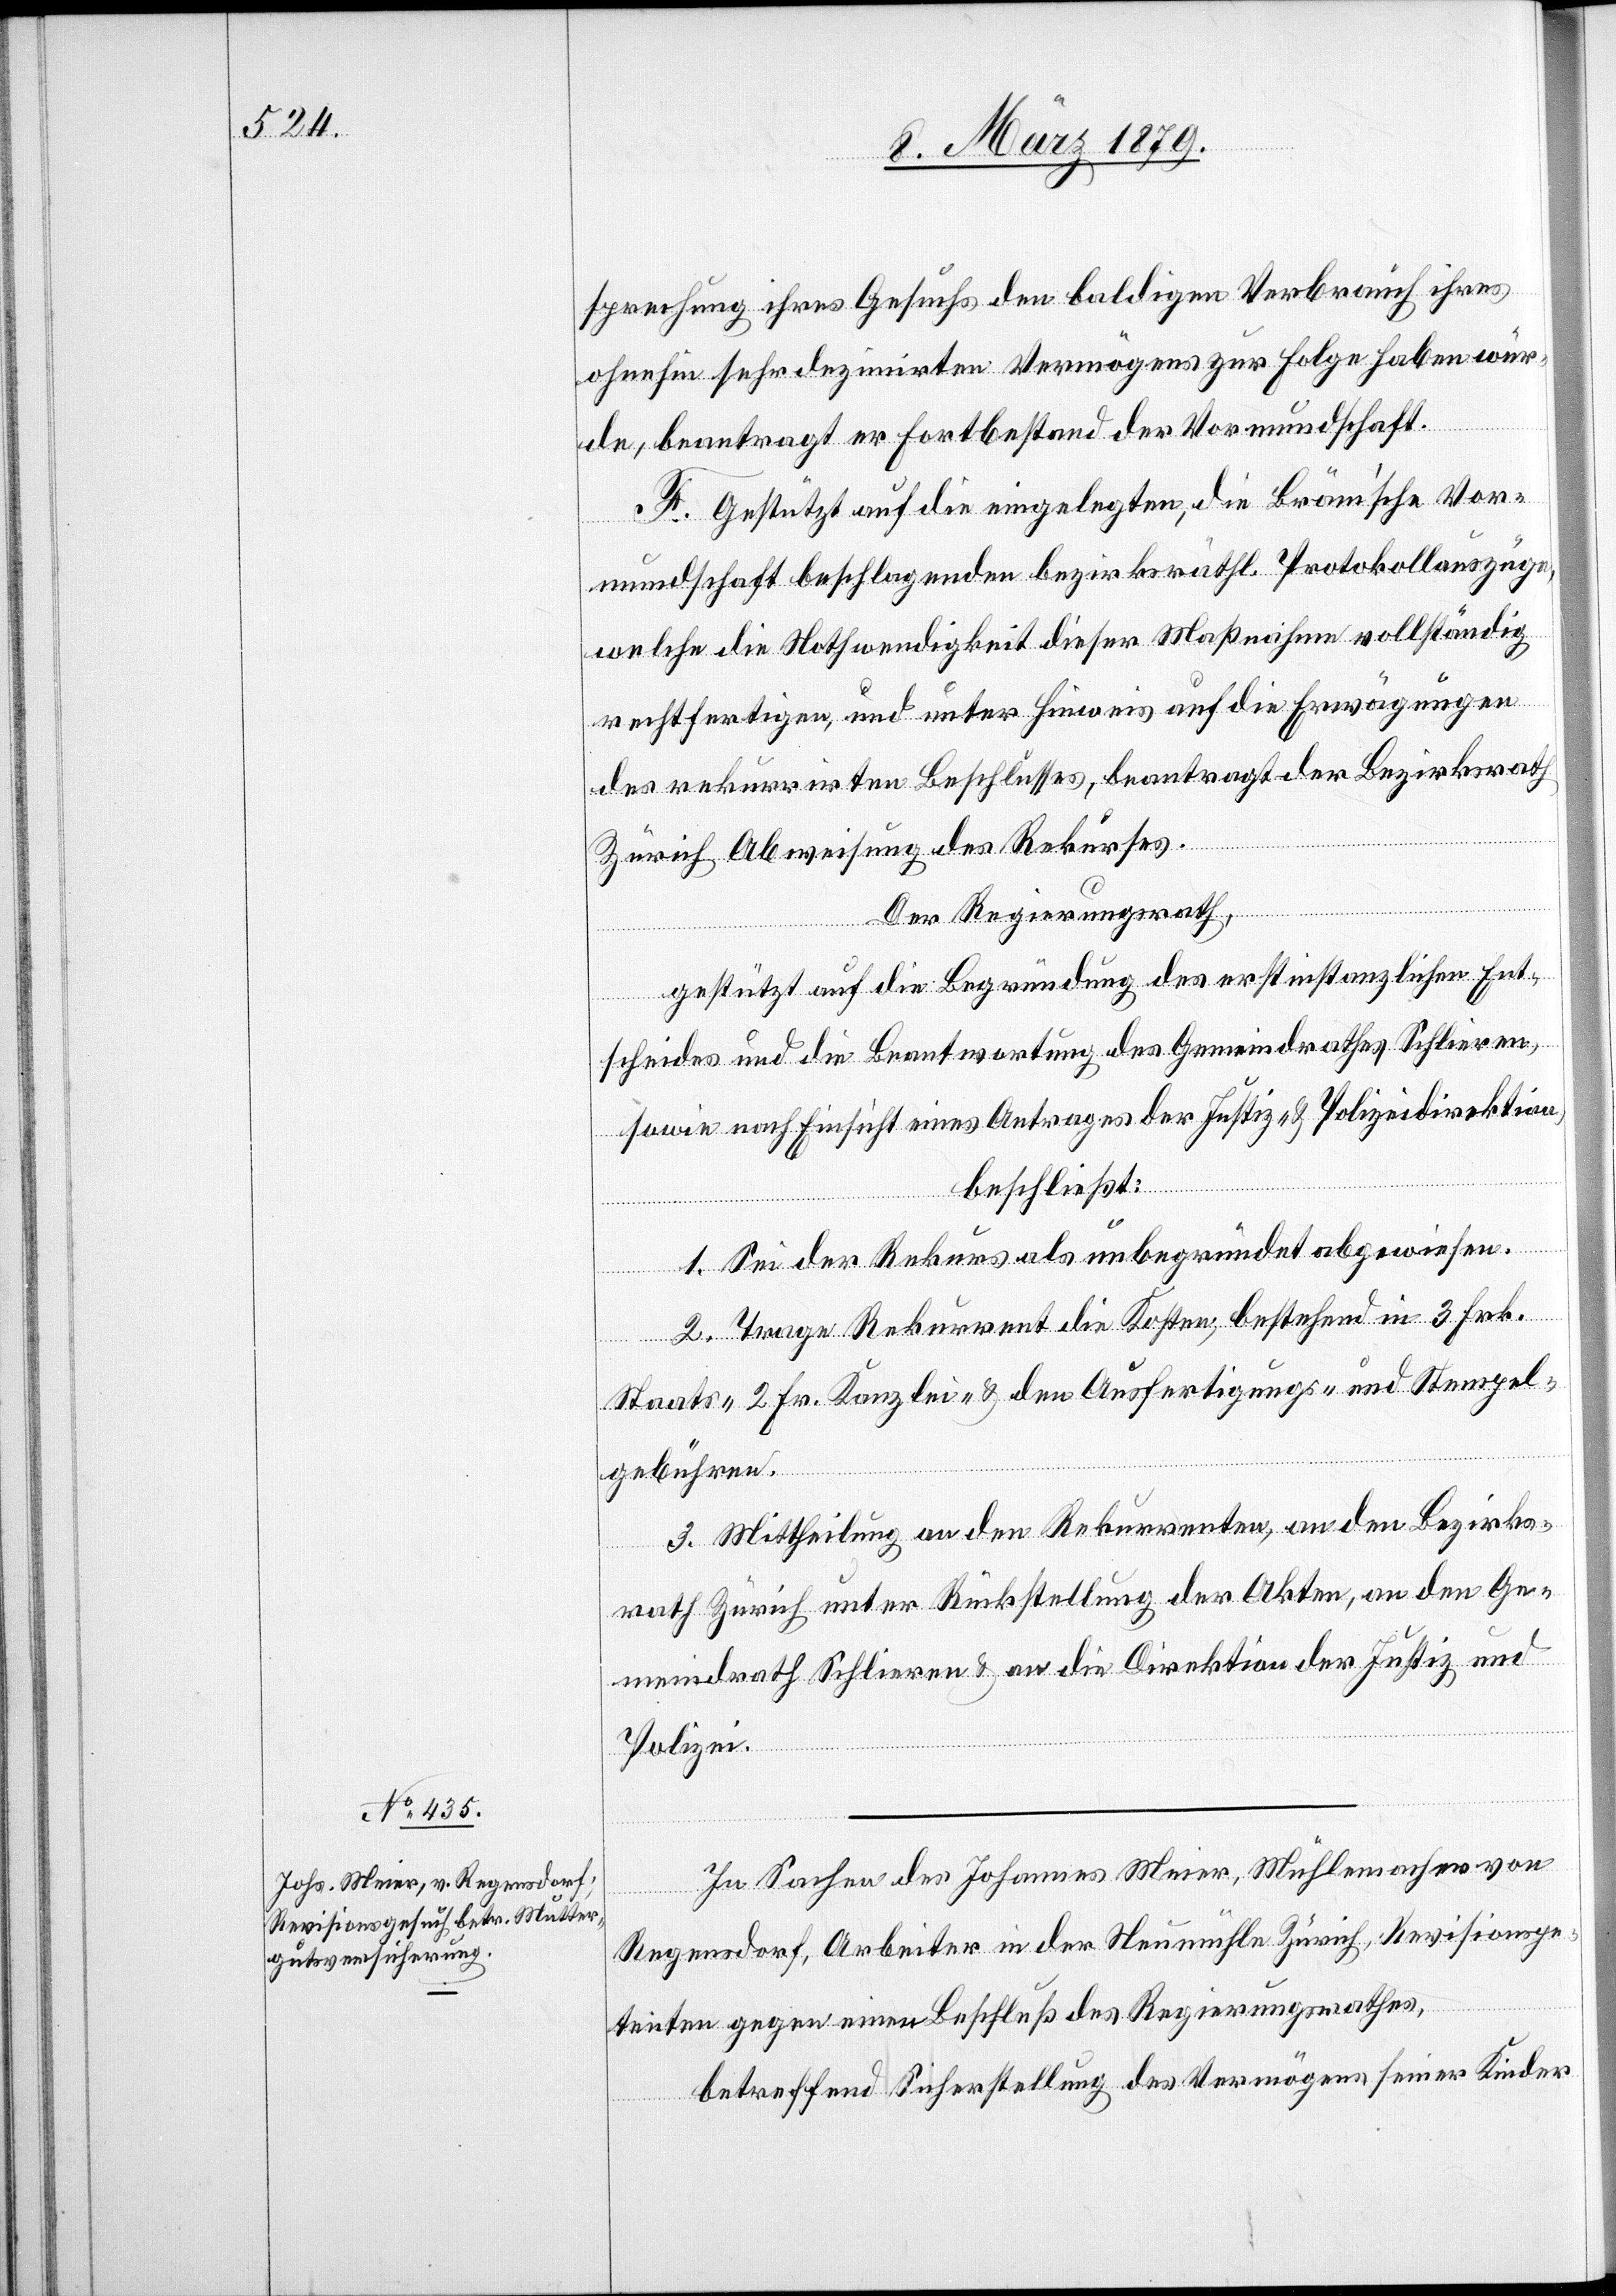
sprechung ihres Gesuches den baldigen Verbrauch ihres
ohnehin sehr dezimirten Vermögens zur Folge haben wür¬
de, beantragt er Fortbestand der Vormundschaft.
F. Gestützt auf die eingelegten, die Bräm’sche Vor¬
mundschaft beschlagenden bezirksräthl. Protokollauszüge,
welche die Nothwendigkeit dieser Maßnahme vollständig
rechtfertigen, und unter Hinweis auf die Erwägungen
des rekurrirten Beschlusses, beantragt der Bezirksrath
Zürich Abweisung des Rekurses.
Der Regierungsrath,
gestützt auf die Begründung des erstinstanzlichen Ent¬
scheides und die Beantwortung des Gemeindrathes Schlieren,
sowie nach Einsicht eines Antrages der Justiz- & Polizeidirektion,
beschließt:
1. Sei der Rekurs als unbegründet abgewiesen.
2. Trage Rekurrent die Kosten, bestehend in 3 Fr.
Staats- 2 Fr. Kanzlei- & den Ausfertigungs- und Stempel¬
gebühren.
3. Mittheilung an den Rekurrenten, an den Bezirks¬
rath Zürich unter Rückstellung der Akten, an den Ge¬
meindrath Schlieren & an die Direktion der Justiz und
Polizei.
In Sachen des Johannes Meier, Mühlemacher von
Regensdorf, Arbeiter in der Neumühle Zürich, Revisionspe¬
tenten gegen einen Beschluß des Regierungsrathes,
betreffend Sicherstellung des Vermögens seiner Kinder